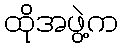
ထိုအဖွဲ့က